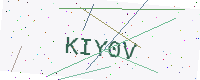
Text: KIY0V